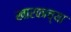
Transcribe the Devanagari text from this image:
खारकाच्या